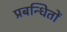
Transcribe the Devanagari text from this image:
प्रबन्धितों